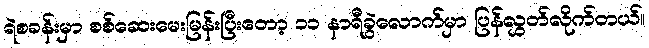
ရဲစခန်းမှာ စစ်ဆေးမေးမြန်းပြီးတော့ ၁၁ နာရီခွဲလောက်မှာ ပြန်လွှတ်လိုက်တယ်။